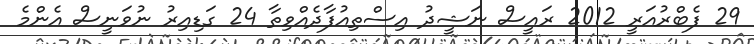
29 ފެބްރުއަރީ 2012 ރައީސް ނަޝީދު އިސްތިއުފާދެއްވިތާ 24 ގަޑިއިރު ނުވަނީސް އެންމެ